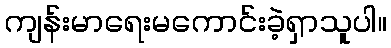
ကျန်းမာရေးမကောင်းခဲ့ရှာသူပါ။